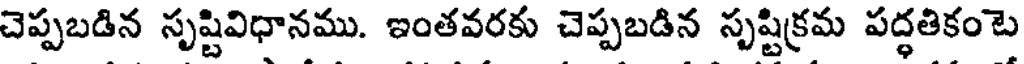
చెప్పబడిన సృష్టివిధానము. ఇంతవరకు చెప్పబడిన సృష్టిక్రమ పద్ధతికంటె